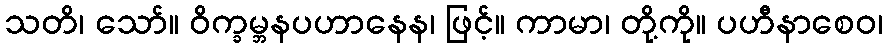
သတိ၊ သော်။ ဝိက္ခမ္ဘနပဟာနေန၊ ဖြင့်။ ကာမာ၊ တို့ကို။ ပဟီနာစေဝ၊